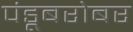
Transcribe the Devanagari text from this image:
पंडूबरोबर